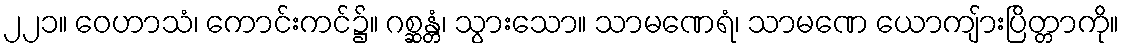
၂၂၁။ ဝေဟာသံ၊ ကောင်းကင်၌။ ဂစ္ဆန္တံ၊ သွားသော။ သာမဏေရံ၊ သာမဏေ ယောကျ်ားပြိတ္တာကို။